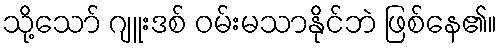
သို့သော် ဂျူးဒစ် ဝမ်းမသာနိုင်ဘဲ ဖြစ်နေ၏။